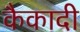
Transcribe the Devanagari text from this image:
कैकादी